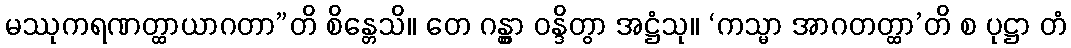
မဿုကရဏတ္ထာယာဂတာ”တိ စိန္တေသိ။ တေ ဂန္တွာ ဝန္ဒိတွာ အဋ္ဌံသု။ ‘ကသ္မာ အာဂတတ္ထာ’တိ စ ပုဋ္ဌာ တံ